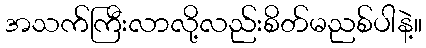
အသက်ကြီးလာလို့လည်းစိတ်မညစ်ပါနဲ့။